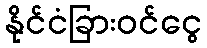
နိုင်ငံခြားဝင်ငွေ